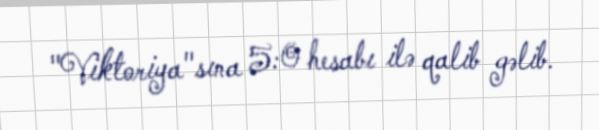
"Viktoriya"sına 5:0 hesabı ilə qalib gəlib.